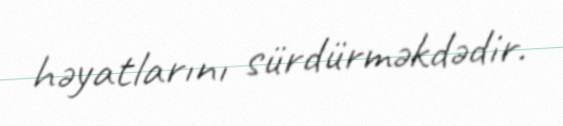
həyatlarını sürdürməkdədir.